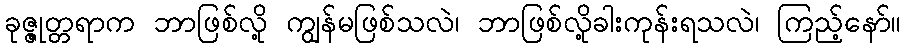
ခုဇ္ဇုတ္တရာက ဘာဖြစ်လို့ ကျွန်မဖြစ်သလဲ၊ ဘာဖြစ်လို့ခါးကုန်းရသလဲ၊ ကြည့်နော်။